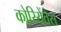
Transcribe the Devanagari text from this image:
कोरियेंतेस